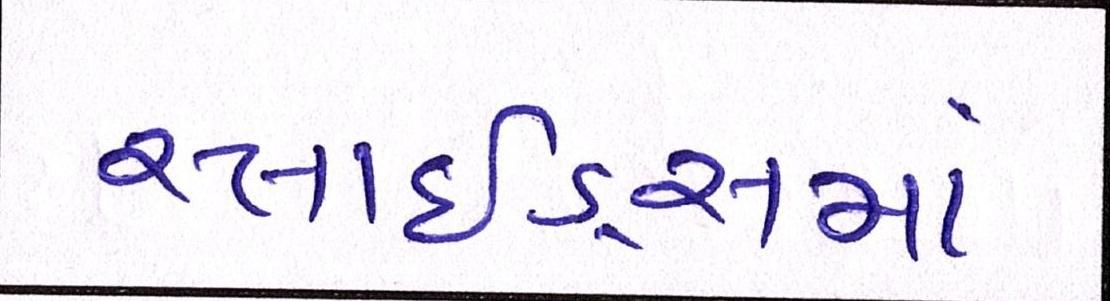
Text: સ્લાઇડ્સમાં